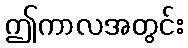
ဤကာလအတွင်း